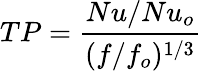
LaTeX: TP=\frac{Nu/Nu_{o}}{(f/f_{o})^{1/3}}